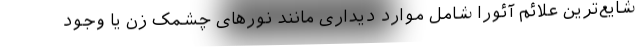
شایع‌ترین علائم آئورا شامل موارد دیداری مانند نورهای چشمک زن یا وجود